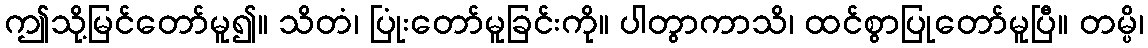
ဤသို့မြင်တော်မူ၍။ သိတံ၊ ပြုံးတော်မူခြင်းကို။ ပါတွာကာသိ၊ ထင်စွာပြုတော်မူပြီ။ တမ္ပိ၊